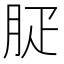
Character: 𦙬